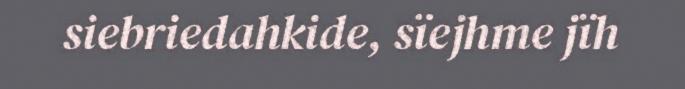
siebriedahkide, sïejhme jïh